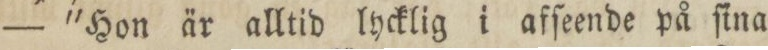
— 'Hon är alltid lycklig i afſeende på ſina